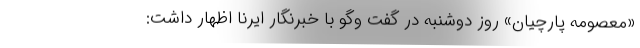
«معصومه پارچیان» روز دوشنبه در گفت وگو با خبرنگار ایرنا اظهار داشت: